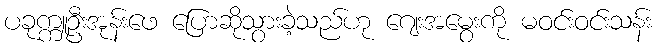
ပခုက္ကူဦးအုန်းဖေ ပြောဆိုသွားခဲ့သည်ဟု ဂျေးအမွေးကို မဝင်းဝင်းသန်း